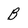
Character: B